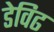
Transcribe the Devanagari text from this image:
डेविढ